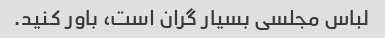
لباس مجلسی بسیار گران است، باور کنید.